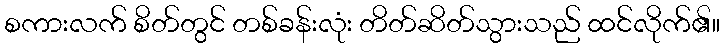
စကားလက် စိတ်တွင် တစ်ခန်းလုံး တိတ်ဆိတ်သွားသည် ထင်လိုက်၏။